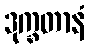
ဒုက္ခတာနံ